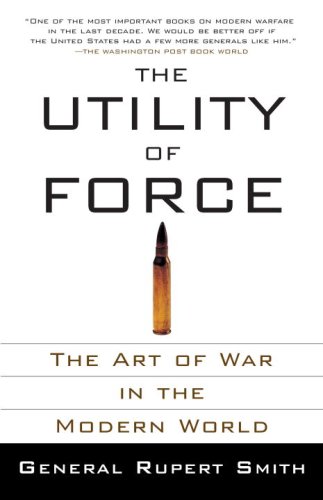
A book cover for The Utility of Force: The Art of War in the Modern World; Rupert Smith; Health, Fitness & Dieting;